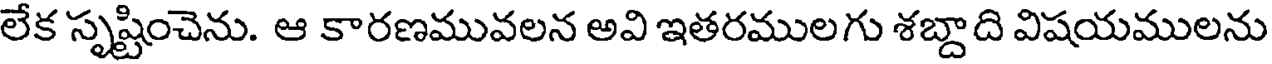
లేక సృష్టించెను. ఆ కారణమువలన అవి ఇతరములగు శబ్దాది విషయములను